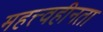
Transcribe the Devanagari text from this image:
महत्त्वहीनता